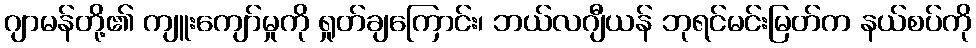
ဂျာမန်တို့၏ ကျူးကျော်မှုကို ရှုတ်ချကြောင်း၊ ဘယ်လဂျီယန် ဘုရင်မင်းမြတ်က နယ်စပ်ကို